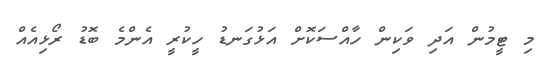
މި ޓީމުން އަދި ވަކިން ހާއްސަކޮށް އަޅުގަނޑު ހީކުރީ އެންމެ ބޮޑު ރޯޅިއެއް